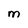
Character: M